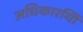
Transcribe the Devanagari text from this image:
अधिकारयिों